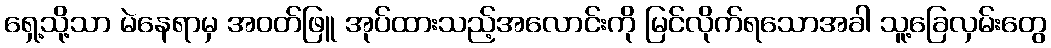
ရှေ့သို့သာ မဲနေရာမှ အဝတ်ဖြူ အုပ်ထားသည့်အလောင်းကို မြင်လိုက်ရသောအခါ သူ့ခြေလှမ်းတွေ